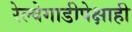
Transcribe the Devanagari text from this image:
रेल्वेगाडीपेक्षाही